Dysentery and liver abscess in Bombay - Number 47
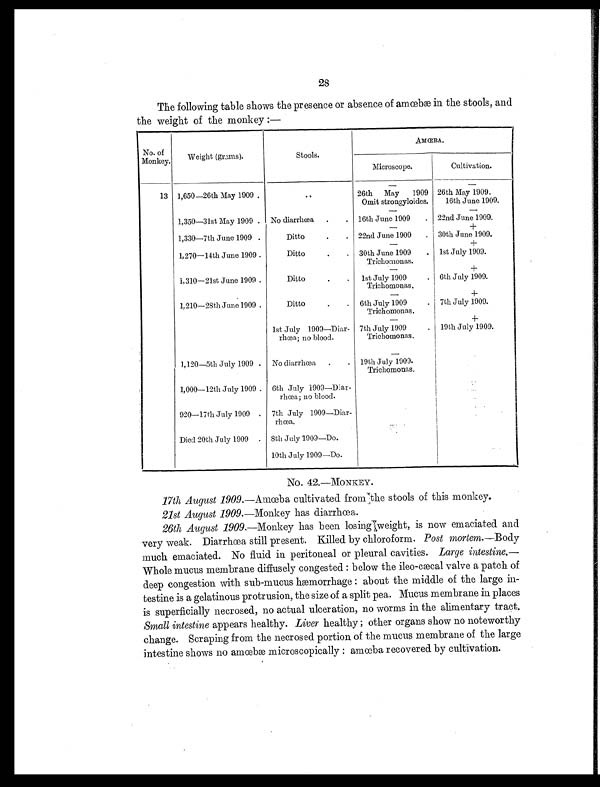
28
The following table shows the presence or absence of amœbæ in the stools, and
the weight of the monkey :—
No. of
Monkey.
Weight (grams).
Stools.
AMŒBA.
Microscope.
Cultivation.
—
—
13 1,650—26th May 1909 .
..
26th May 1909
Omit strongyloides.
26th May 1909.
16th June 1909.
—
—
1,350—31st May 1909 . No diarrhœa .
. 16th June 1909
. 22nd June 1909.
—
+
1,330—7th June 1909 .
Ditto
.
. 22nd June 1909
. 30th June 1909.
—
+
1,270—14th June 1909 .
Ditto
.
. 30th June 1909
Trichomonas.
. 1st July 1909.
—
+
1,310—21st June 1909 .
Ditto
.
. 1st July 1909
Trichomonas.
. 6th July 1909.
—
+
1,210—28th June 1909 .
Ditto
.
. 6th July 1909
Trichomonas.
. 7th July 1909.
—
+
1st July 1909—Diar-
rhœa; no blood.
7th July 1909
Trichomonas.
. 19th July 1909.
—
1,120—5th July 1909 . No diarrhœa .
. 19th July 1909.
Trichomonas.
1,000—12th July 1909 . 6th July 1909—Diar-
rhœa; no blood.
920—17th July 1909 . 7th July 1909
—Diar-rhœa.
Died 20th July 1909 .
8th July 1909—Do.
10th July 1909—Do.
No. 42.—MONKEY.
17th August 1909. —Amœba cultivated from the stools of this monkey.
21st August 1909. —Monkey has diarrhœa.
26th August 1909. —Monkey has been losing weight, is now emaciated and
very weak. Diarrhœa still present. Killed by chloroform. Post mortem. —Body
much emaciated. No fluid in peritoneal or pleural cavities. Large intestine.—
Whole mucus membrane diffusely congested : below the ileo-cæcal valve a patch of
deep congestion with sub-mucus hæmorrhage : about the middle of the large in-
testine is a gelatinous protrusion, the size of a split pea. Mucus membrane in places
is superficially necrosed, no actual ulceration, no worms in the alimentary tract.
Small intestine appears healthy. Liver healthy ; other organs show no noteworthy
change. Scraping from the necrosed portion of the mucus membrane of the large
intestine shows no amœbæ microscopically : amœba recovered by cultivation.